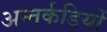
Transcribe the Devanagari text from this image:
अन्तर्कड़ियों